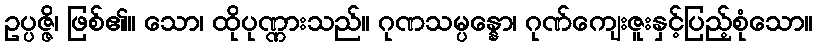
ဥပ္ပဇ္ဇိ၊ ဖြစ်၏။ သော၊ ထိုပုဏ္ဏားသည်။ ဂုဏသမ္ပန္နော၊ ဂုဏ်ကျေးဇူးနှင့်ပြည့်စုံသော။